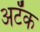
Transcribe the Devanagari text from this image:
अटॅक